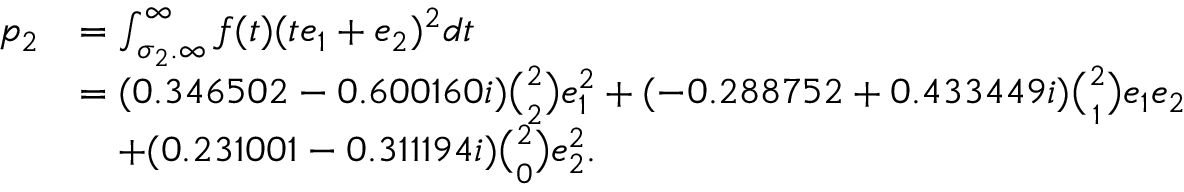
\begin{array} { r l } { p _ { 2 } } & { = \int _ { \sigma _ { 2 } . \infty } ^ { \infty } f ( t ) ( t e _ { 1 } + e _ { 2 } ) ^ { 2 } d t } \\ & { = ( 0 . 3 4 6 5 0 2 - 0 . 6 0 0 1 6 0 i ) \binom { 2 } 2 e _ { 1 } ^ { 2 } + ( - 0 . 2 8 8 7 5 2 + 0 . 4 3 3 4 4 9 i ) \binom { 2 } 1 e _ { 1 } e _ { 2 } } \\ & { \quad + ( 0 . 2 3 1 0 0 1 - 0 . 3 1 1 1 9 4 i ) \binom 2 0 e _ { 2 } ^ { 2 } . } \end{array}